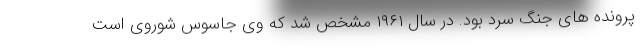
پرونده های جنگ سرد بود. در سال ۱۹۶۱ مشخص شد که وی جاسوس شوروی است